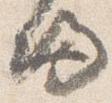
帰